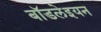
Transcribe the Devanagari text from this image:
बॉडलेइयन